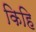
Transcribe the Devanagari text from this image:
किहि